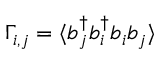
\Gamma _ { i , j } = \langle { b } _ { j } ^ { \dagger } { b } _ { i } ^ { \dagger } { b } _ { i } { b } _ { j } \rangle